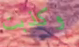
وكذبت